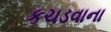
કચડવાના